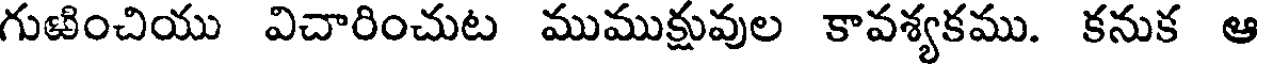
గుజించియు విచారించుట ముముక్షువుల కావశ్యకము. కనుక ఆ